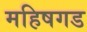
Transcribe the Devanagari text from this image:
महिषगड